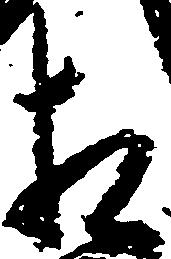
相